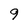
Character: 9